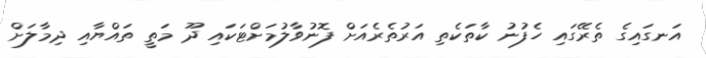
އަނގައިގެ ތެރޭގައި ހެފުނު ކާތަކެތި އަރުތެރެއަށް ފޮނުވާލުމަށްޓަކައި ދޫ މަތީ ތައްޔާއި ދިމާލަށް